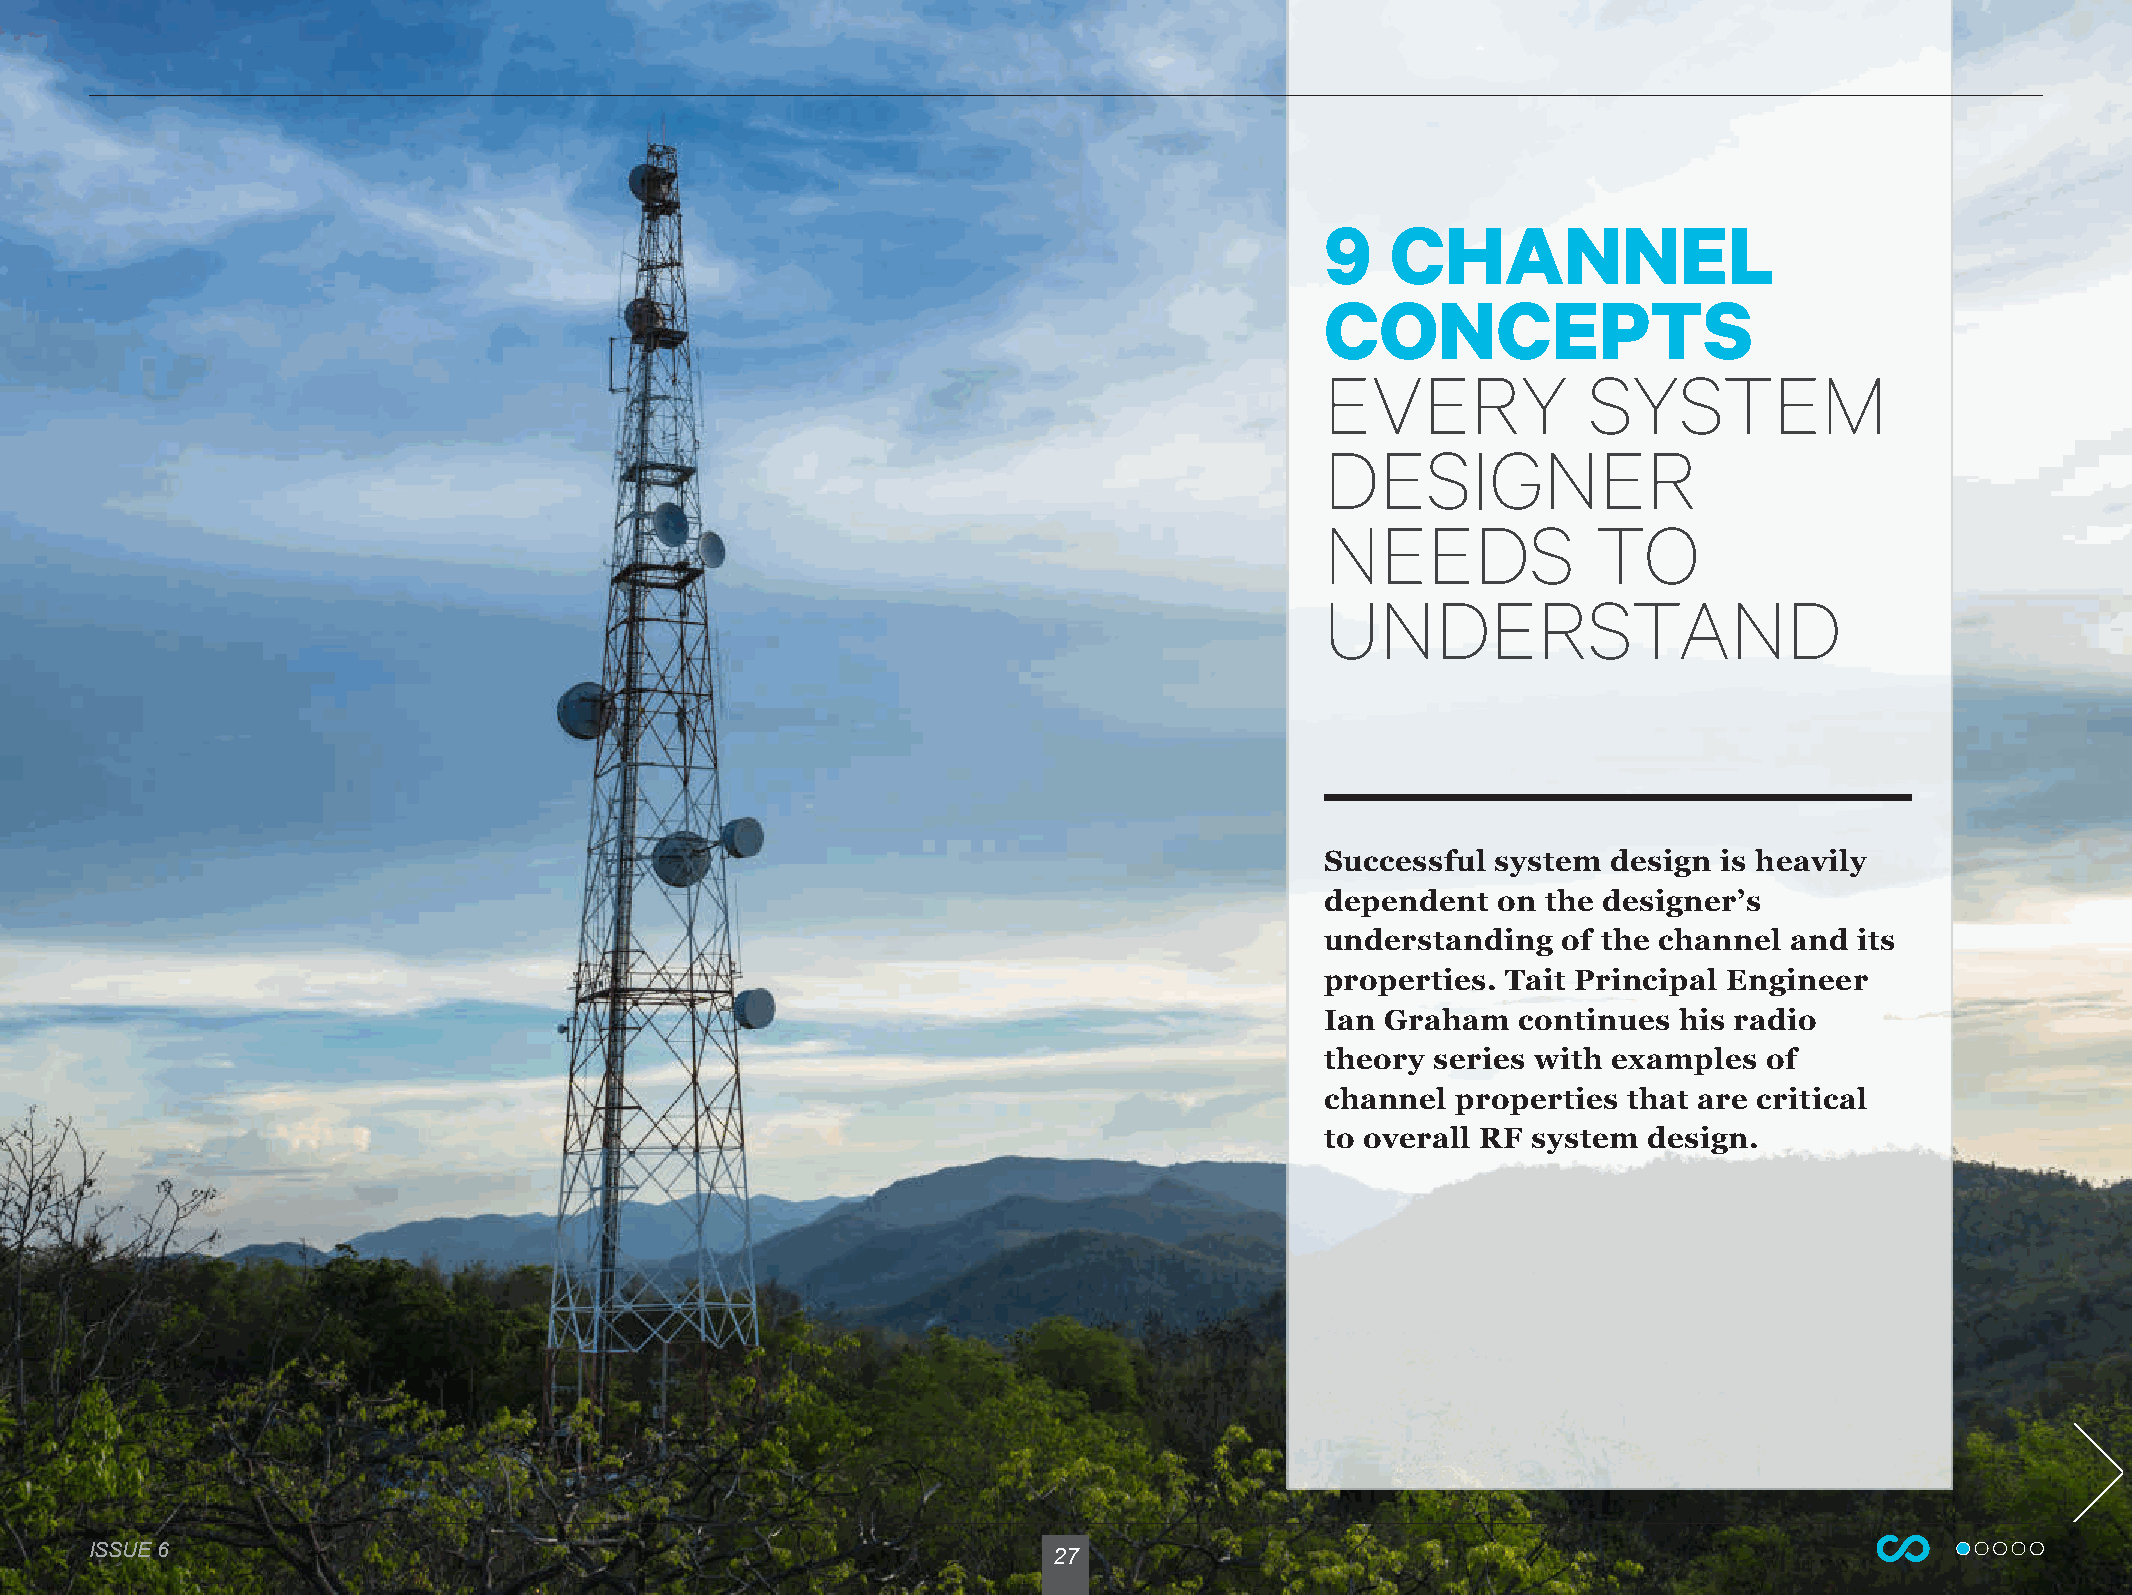
9   CHANNEL
 CONCEPTS
 EVERY            SYSTEM
 DESIGNER
 NEEDS             TO
 UNDERSTAND
 Successful system  design is heavily
 dependent  on the designer’s
 understanding  of the channel  and its
 properties. Tait Principal Engineer
 Ian Graham   continues his radio
 theory series with examples  of
 channel properties  that are critical
 to overall RF system design.
 IISSSSUUEE 66                                                   27